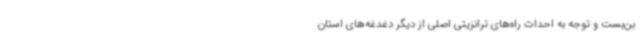
بن‌بست و توجه به احداث راه‌های ترانزیتی اصلی از دیگر دغدغه‌های استان